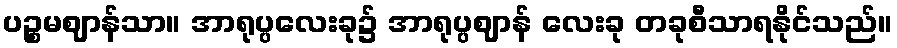
ပဉ္စမဈာန်သာ။ အာရုပ္ပလေးခု၌ အာရုပ္ပဈာန် လေးခု တခုစီသာရနိုင်သည်။